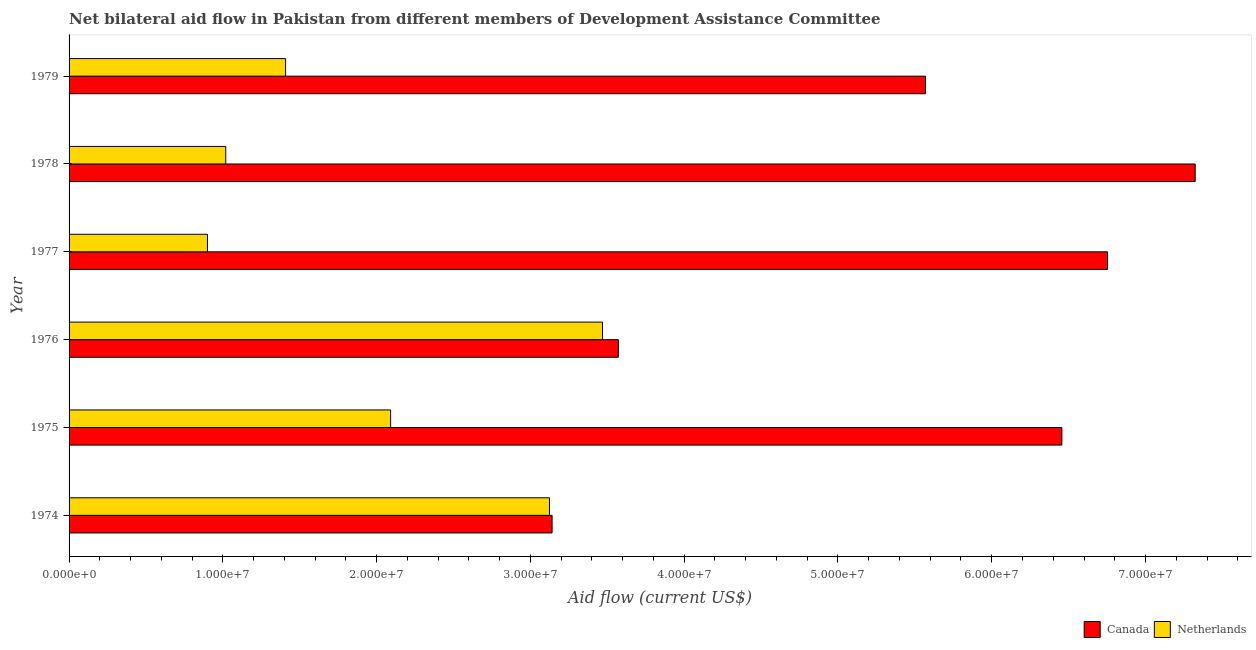
| Year | Canada | Netherlands |
 | --- | --- | --- |
 | 1974 | 3.14e+07 | 3.12e+07 |
 | 1975 | 6.46e+07 | 2.09e+07 |
 | 1976 | 3.57e+07 | 3.47e+07 |
 | 1977 | 6.75e+07 | 9e+06 |
 | 1978 | 7.32e+07 | 1.02e+07 |
 | 1979 | 5.57e+07 | 1.41e+07 |